Lunatic asylums in Bengal annual reports 1888-1898 - 1888-1898
Year: 1888
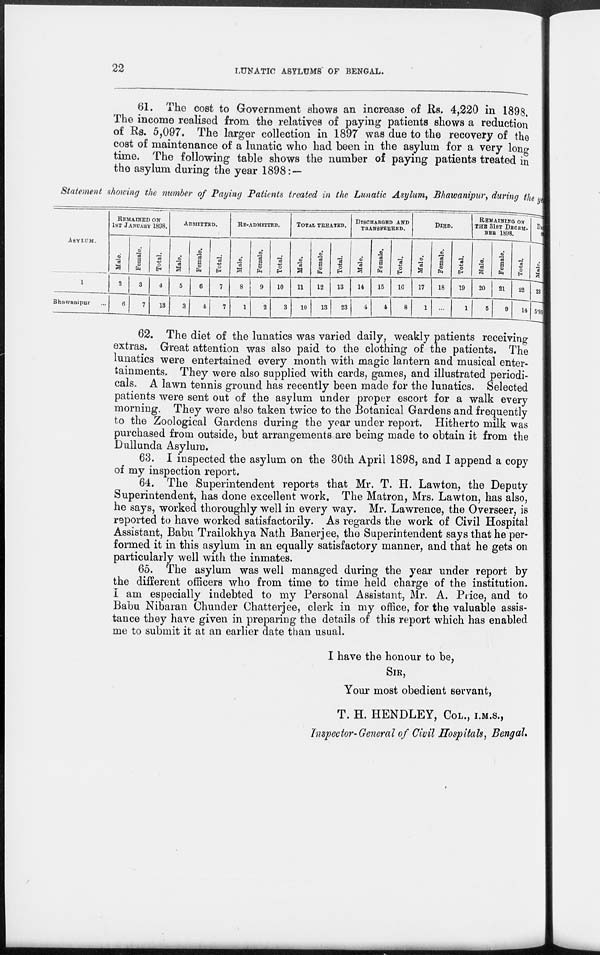
22
LUNATIC ASYLUMS OF BENGAL.
61. The cost to Government shows an increase of Rs. 4,220 in 1898.
The income realised from the relatives of paying patients shows a reduction
of Rs. 5,097. The larger collection in 1897 was due to the recovery of the
cost of maintenance of a lunatic who had been in the asylum for a very long
time. The following table shows the number of paying patients treated in
the asylum during the year 1898:—
Statement showing the number of Paying Patients treated in the Lunatic Asylum, Bhawanipur, during the year
ASYLUM.
1
Bhawanipur ...
REMAINED ON
1ST JANUARY 1898.
Male.
2
6
Female.
3
7
Total.
4
13
ADMITTED.
Male.
5
3
Female.
6
4
Total.
7
7
RE-ADMITTED.
Male.
8
1
Female.
9
2
Total.
10
3
TOTAL TREATED.
Male.
11
10
Female.
12
13
Total.
13
23
DISCHARGED AND
TRANSFERRED.
Male.
14
4
Female.
15
4
Total.
16
8
DIED.
Male.
17
1
Female.
18
...
Total.
19
1
REMAINING ON
THE 31ST DECEM.
BER 1898.
Male.
20
5
Female.
21
9
Total.
22
14
Male.
23
5.90
62. The diet of the lunatics was varied daily, weakly patients receiving
extras. Great attention was also paid to the clothing of the patients. The
lunatics were entertained every month with magic lantern and musical enter-
tainments. They were also supplied with cards, games, and illustrated periodi-
cals. A lawn tennis ground has recently been made for the lunatics. Selected
patients were sent out of the asylum under proper escort for a walk every
morning. They were also taken twice to the Botanical Gardens and frequently
to the Zoological Gardens during the year under report. Hitherto milk was
purchased from outside, but arrangements are being made to obtain it from the
Dullunda Asylum.
63. I inspected the asylum on the 30th April 1898, and I append a copy
of my inspection report.
64. The Superintendent reports that Mr. T. H. Lawton, the Deputy
Superintendent, has done excellent work. The Matron, Mrs. Lawton, has also,
he says, worked thoroughly well in every way. Mr. Lawrence, the Overseer, is
reported to have worked satisfactorily. As regards the work of Civil Hospital
Assistant, Babu Trailokhya Nath Banerjee, the Superintendent says that he per-
formed it in this asylum in an equally satisfactory manner, and that he gets on
particularly well with the inmates.
65. The asylum was well managed during the year under report by
the different officers who from time to time held charge of the institution.
I am especially indebted to my Personal Assistant, Mr. A. Price, and to
Babu Nibaran Chunder Chatterjee, clerk in my office, for the valuable assis-
tance they have given in preparing the details of this report which has enabled
me to submit it at an earlier date than usual.
I have the honour to be,
SIR,
Your most obedient servant,
T. H. HENDLEY, COL., I.M.S.,
Inspector-General of Civil Hospitals, Bengal.